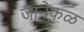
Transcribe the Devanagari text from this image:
जानेफळ